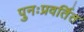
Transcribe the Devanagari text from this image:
पुनःप्रवर्तित